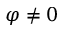
\varphi \neq 0